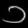
Digit: ၁